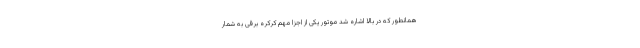
همانطور که در بالا اشاره شد موتور یکی از اجزا مهم کرکره برقی به شمار